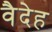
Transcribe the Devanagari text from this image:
वैदेह